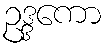
ဥဒ္ဒကော